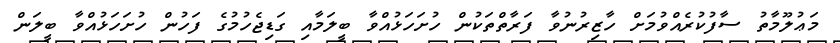
މަޢުލޫމާތު ސާފުކުރެއްވުމަށް ހާޒިރުނުވާ ފަރާތްތަކުން ހުށަހަޅުއްވާ ބީލަމާއި ގަޑިޖެހުމުގެ ފަހުން ހުށަހަޅުއްވާ ބީލަން